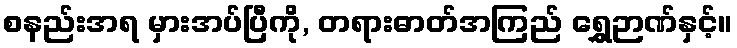
စနည်းအရ မှားအပ်ပြီကို, တရားဓာတ်အကြည် ရွှေဉာဏ်နှင့်။